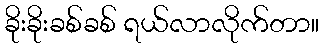
ခိုးခိုးခစ်ခစ် ရယ်လာလိုက်တာ။